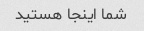
شما اینجا هستید